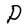
Character: P